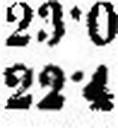
22•4